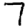
Digit: 7